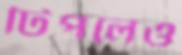
টিপলেও